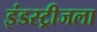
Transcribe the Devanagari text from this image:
इंडस्ट्रीजला